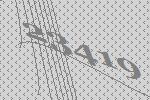
23419